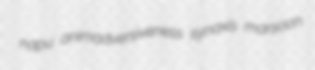
napu animadversiveness synaxis marsoon